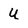
Character: U